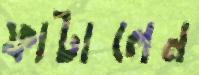
ফাটালেন